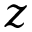
z